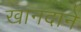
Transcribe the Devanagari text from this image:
खानदाने